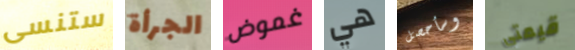
ستنسى الجرأة غموض هي وسأحصل قيمتي